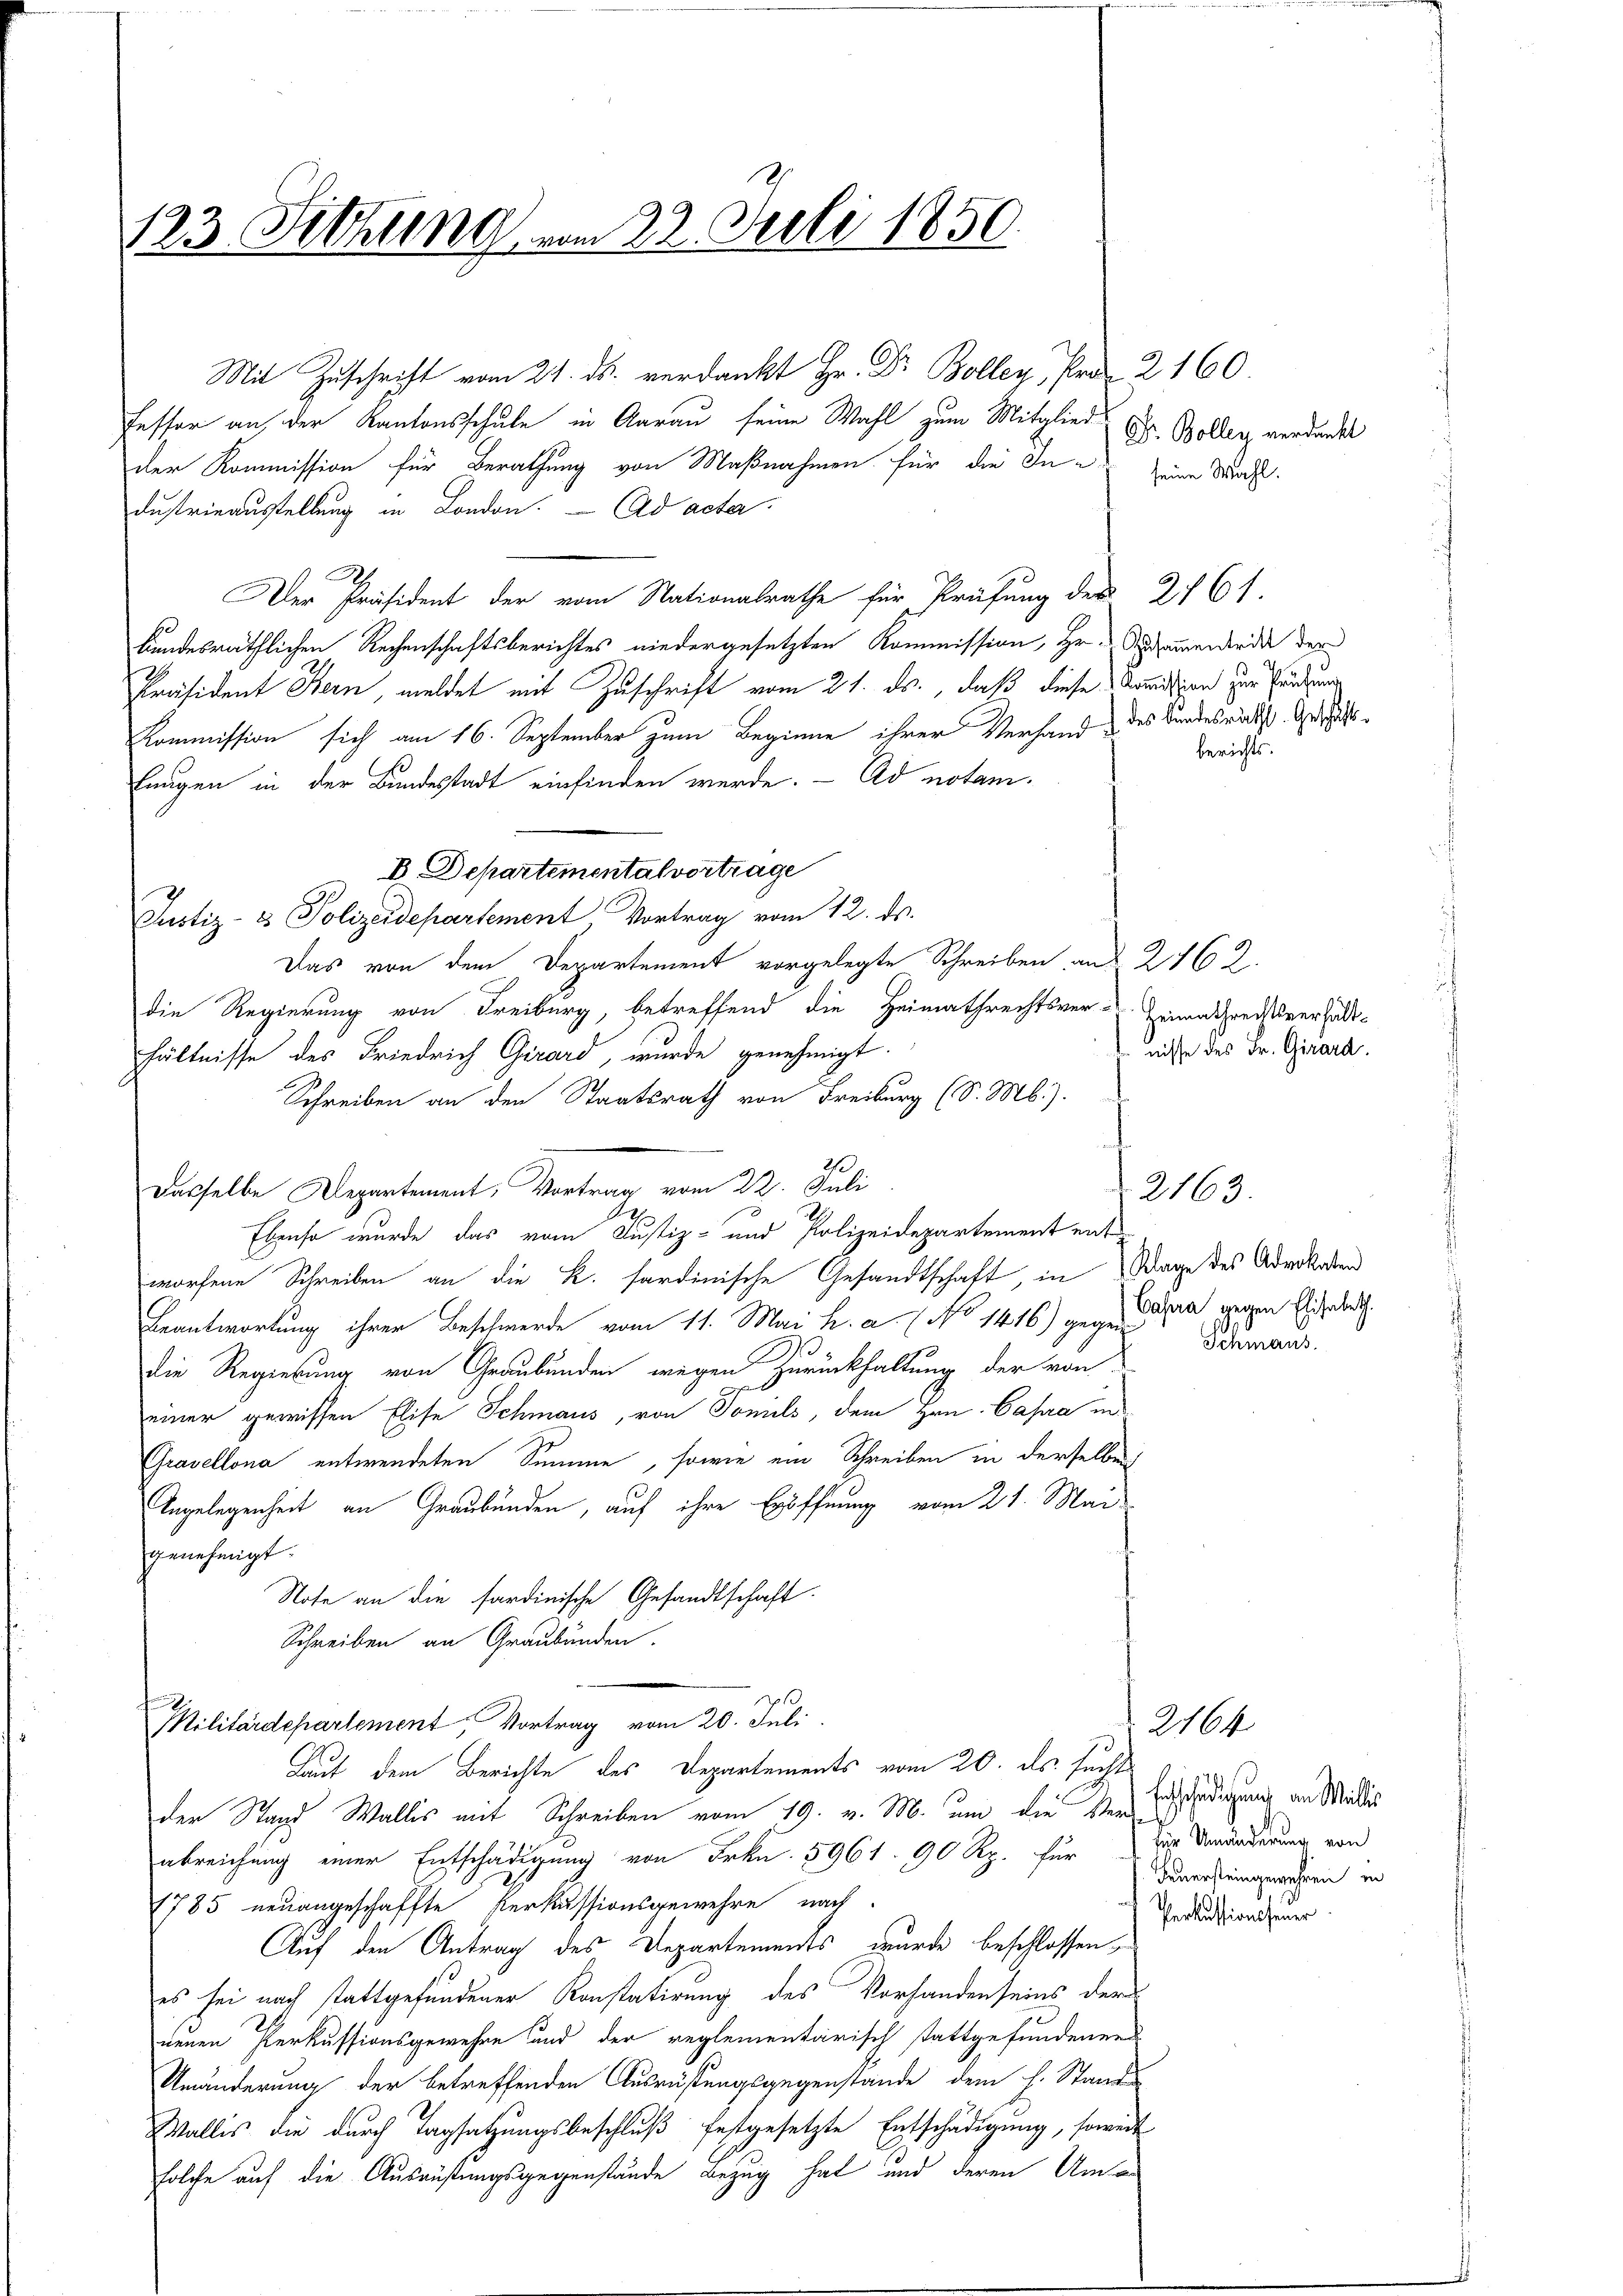
123. Sittling vom 22. Juli 1850.

Mit Zuschrift vom 21. ds. verdankt Hr. Dr Boller, Pro 2160.
fessor an, der Kantonsschule in Aarau seine Wahl zum Mitglied Dr. Bollenz verdankt
der Kommission für Berathung von Maßnahmen für die In- zum Masst.
dustrieausstellung in London. — Ad acter
Der Präsident der vom Stationalrathe für Prüfung des 2761.
bundesräthlichen Rechenschaftsberichtes niedergesetzten Kommission, Hr. Sammendende der
Präsident Bern, meldet mit Zuschrift vom 21. ds., daß diese Kommißion zur Gründung
Kommission sich am 16. September zum Beginne ihrer Verhand des Bundesrätst Gesichts¬
Enngen in der Bundesstadt einfinden werde. - Ad notami¬
B Departementalvortrage
Justiz- & Polizeidepartement, Vortrag vom 12. ds.
Das von dem Departement vorgelegte Schreiben aus 2762.
die Regierung von Freiburg, betreffend die Heimathrechtsver-Einenschreissverhalt-
hältnisse des Friedrich Girard, wurde genehmigt.
Schreiben an den Staatsrath von Freiburg (S. M.).
Dasselbe Departement, Vortrag vom 22. Juli
Ebenso wurde das vom Justiz- und Polizeidepartement entworfene Schreiben an die K. sardinische Gesandtschaft, in Wage des Advokade
Beantwortung ihrer Beschwerde vom 11. Mai h. a. (No 1416) gegenden gegen Gebrach
die Regierung von Graubünden wegen Zurückhaltung der von
einer gewissen Elise Schmaus, von Tomils, dem Hrn. Capra ind
Gravellona entwendeten Summe, sowie ein Schreiben in derselben
Angelegenheit an Graubünden, auf ihre Eröffnung vom 21. Mai
genehmigt.
Note an die sardinische Gesandtschaft.
Schreiben an Graubünden.
Militärdepartement Vortrag vom 20. Juli
Lauf dem Berichte des Departements vom 20. ds. sucht
der Stand Wallis mit Schreiben vom 19. v. M. um die Verabreichung einer Entschädigung von Frkn. 5961. 90 Rp. für der Veränderung von
1785 neuangeschaffte Perkussionsgewehre nach
Auf den Antrag des Departements, wurde beschlossen,
es sei nach stattgefundener Konstatirung des Vorhanden seins der
neuen Perkussionsgewehre und der reglementarisch stattgefundenen
Unänderung der betreffenden Ausrüstungsgegenstände dem H. Stande
Wallis die durch Tagsatzungsbeschluß festgesetzte Entschädigung, soweit
solche auf die Ausrüstungsgegenstände Bezug hat und deren Uma

berichts.

nisse des Fr. Girard.

Schmaus.

2163.

2164
Ertschädlichung an Willes
Feuersteingewehren in
Pertissionssteuer